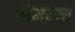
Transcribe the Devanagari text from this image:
गेमच्या